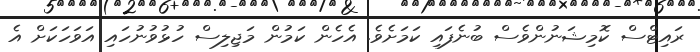
ރައިޓްސް ކޮމިޝަނުންވެސް ބުނެފައި ކަމަށެވެ. އެހެން ކަމުން މަޖިލިސް ހުޅުވުނުހައި އަވަހަކަށް އެ